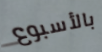
بالأسبوع